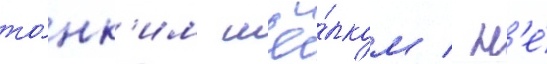
то́нк'им шё́лком / н'е́